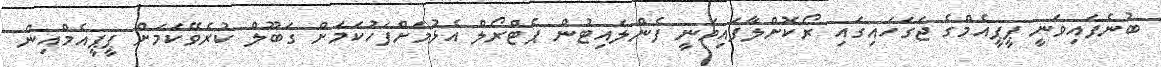
ބުނެފައިވަނީ ޕީޕީއެމްގެ ޖަގަހައިގައި ރޯކޮށްލާފައިވަނީ ފެންލައިޓުން ޕެޓްރޯލް އެޅުމަށްފަހުކަމަށް ގަބޫލް ކުރެވޭކަމަށް ޕީޕީއެމްއިން